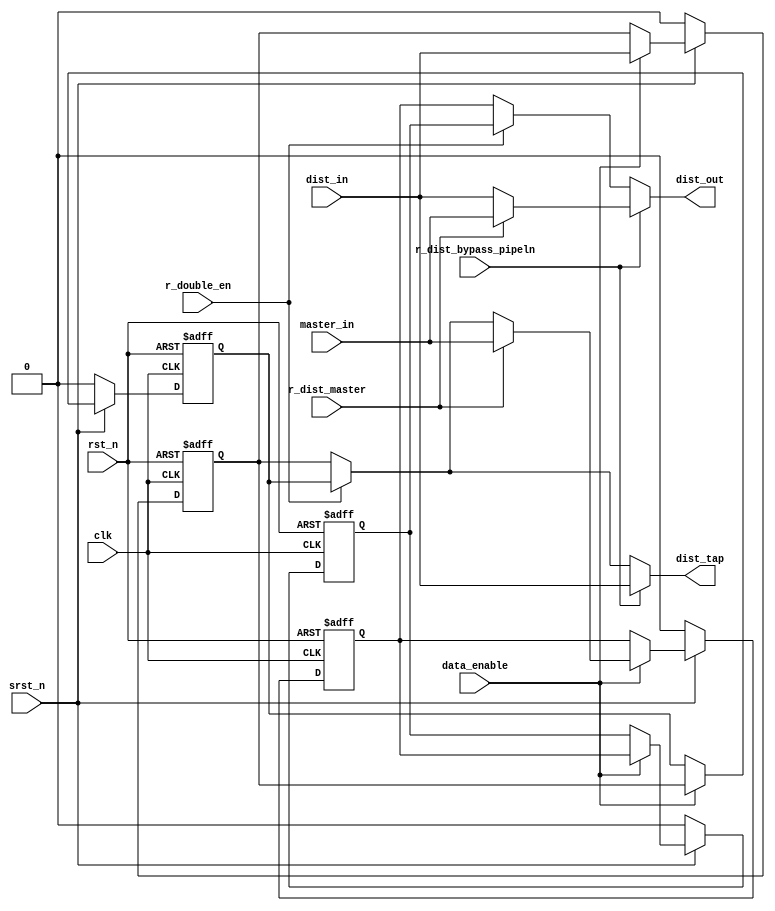
// SPDX-License-Identifier: Apache-2.0
// Copyright (C) 2019 Intel Corporation. All rights reserved
//------------------------------------------------------------------------
// (C) 2009 Altera Corporation. All rights reserved.  
//
//------------------------------------------------------------------------
// Revision:    $Revision: #2 $
//------------------------------------------------------------------------
// Description: 
//
//------------------------------------------------------------------------


module hdpldadapt_cmn_cp_dist_dw
  #(
    parameter ASYNC_RESET_VAL = 'd0,   // Asynchronous reset value
    parameter WIDTH           = 'd1    // Control width
    )
    (
    input  wire                clk,                      // clock
    input  wire                rst_n,                    // async reset
    input  wire                srst_n,                   // sync reset
    input wire                 data_enable,              // data enable / data valid
    input  wire [WIDTH-1:0]    master_in,                // master control signal
    input  wire [WIDTH-1:0]    dist_in,                  // CP distributed signal in 
    input  wire                r_dist_master,            // CRAM to control master or distributed
    input  wire                r_dist_bypass_pipeln,     // CRAM combo or registered
    input  wire                r_double_en,              // CRAM double mode enable
    output  wire [WIDTH-1:0]   dist_out,                 // CP distributed signal out
    output  wire [WIDTH-1:0]   dist_tap                  // CP output for this channel
     );

   reg [WIDTH-1:0]          dist_1;
   reg [WIDTH-1:0]          dist_2;
   reg [WIDTH-1:0]          dist_1_reg;
   reg [WIDTH-1:0]          dist_2_reg;

   reg [WIDTH-1:0]          dist_1_in;
   reg [WIDTH-1:0]          dist_2_in;
   reg [WIDTH-1:0]          dist_1_out;
   reg [WIDTH-1:0]          dist_2_out;
   reg [WIDTH-1:0]          dist_1_reg_in;
   reg [WIDTH-1:0]          dist_2_reg_in;


   // module outputs
   assign  dist_tap = dist_1_out;
   assign  dist_out = dist_2_out;
   
   
   always @*
     begin
        // default FF inputs to FF outputs
        dist_1_in = dist_1;
        dist_2_in = dist_2;

        dist_1_reg_in = dist_1_reg;
        dist_2_reg_in = dist_2_reg;

        // default stage outputs to FF outputs
        dist_1_out = dist_1;
        dist_2_out = dist_2;

        // set FF inputs
        if (data_enable)
          begin
             dist_1_in = dist_in;
             dist_1_reg_in = dist_1;
             dist_2_reg_in = dist_2;
             if (r_dist_master)
               begin
                  dist_2_in = master_in;
               end
             else
               begin
                  dist_2_in = r_double_en ? dist_1_reg : dist_1;
               end
          end // if (data_enable)
        
        // set stage outputs
        if (r_dist_bypass_pipeln)
          begin
             dist_1_out = dist_in;
             if (r_dist_master)
               begin
                  dist_2_out = master_in;
               end
             else
               begin
                  dist_2_out = dist_1_out;
               end
          end // if (r_dist_bypass_pipeln)
        else if (r_double_en)
          begin
             dist_1_out = dist_1_reg;
             dist_2_out = dist_2_reg;
          end
        else
          begin
             dist_1_out = dist_1;
             dist_2_out = dist_2;
          end
          

     end // always @ *
      
   
   always @(negedge rst_n or posedge clk)
     begin
        if (~rst_n)
          begin
             dist_1 <= {WIDTH{ASYNC_RESET_VAL}};
             dist_1_reg	<= {WIDTH{ASYNC_RESET_VAL}};
             dist_2 <= {WIDTH{ASYNC_RESET_VAL}};
             dist_2_reg	<= {WIDTH{ASYNC_RESET_VAL}};
          end
        else if (~srst_n)
          begin
             dist_1 <= {WIDTH{ASYNC_RESET_VAL}};
             dist_1_reg	<= {WIDTH{ASYNC_RESET_VAL}};
             dist_2 <= {WIDTH{ASYNC_RESET_VAL}};
             dist_2_reg	<= {WIDTH{ASYNC_RESET_VAL}};
          end
        else 
          begin
             dist_1 <= dist_1_in;
             dist_1_reg <= dist_1_reg_in;
             dist_2 <= dist_2_in;
             dist_2_reg <= dist_2_reg_in;
          end
     end // always @ (negedge rst_n or posedge clk)

   
endmodule // hdpldadapt_cmn_cp_dist